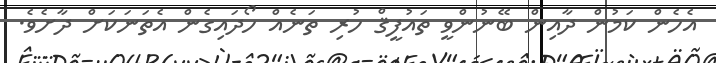
އެހެން ކަމުން ދާއިން ބޭނުންވީ ތައުފީޤް ހުރި ތަނެއް ހޯދައިގެން އެތަނަކަށް ދާށެވެ.